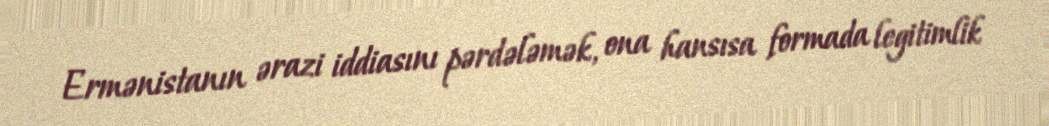
Ermənistanın ərazi iddiasını pərdələmək, ona hansısa formada legitimlik